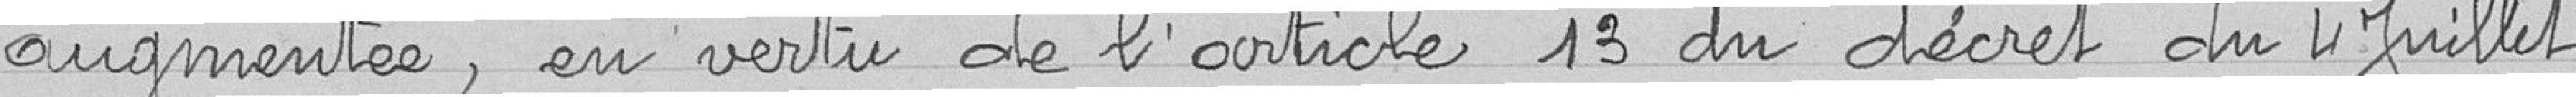
augmentée, en vertu de l'article 13 du décret du 4 Juillet